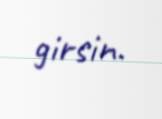
girsin.